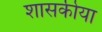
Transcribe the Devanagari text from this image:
शासकीया